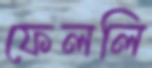
ফেললি